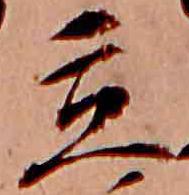
立